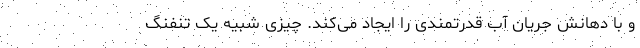
و با دهانش جریان آب قدرتمندی را ایجاد می‌کند. چیزی شبیه یک تنفنگ